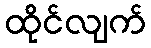
ထိုင်လျက်